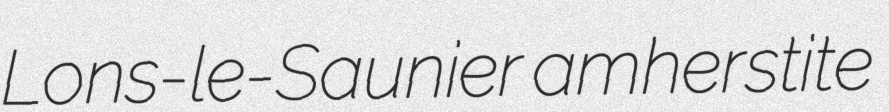
Lons-le-Saunier amherstite